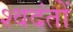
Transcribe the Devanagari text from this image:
श्वदंतों